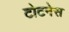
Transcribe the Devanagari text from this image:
टोटनेस